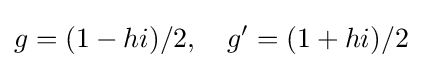
g=(1-hi)/2,\quad g'=(1+hi)/2